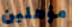
مؤهلين